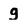
Character: g